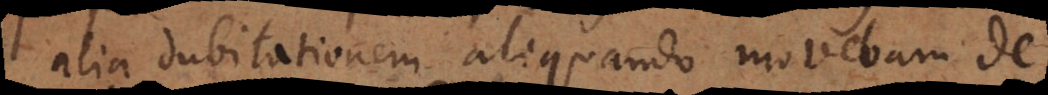
alia dubitationem aliquando movebam de